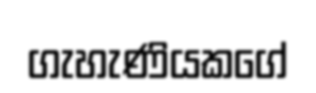
ගැහැණියකගේ